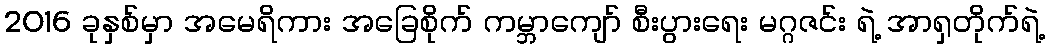
2016 ခုနှစ်မှာ အမေရိကား အခြေစိုက် ကမ္ဘာကျော် စီးပွားရေး မဂ္ဂဇင်း ရဲ့ အာရှတိုက်ရဲ့